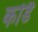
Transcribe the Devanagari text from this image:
कोडै